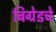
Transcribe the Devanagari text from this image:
बिग्रेडचे